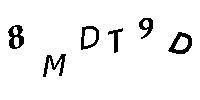
8MDT9D